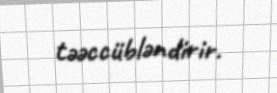
təəccübləndirir.